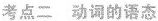
考点二 动词的语态